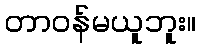
တာဝန်မယူဘူး။